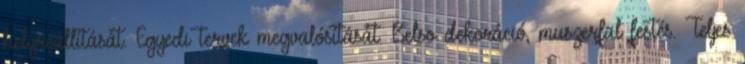
helyreállítását. Egyedi tervek megvalósítását. Belso dekoráció, muszerfal festés. Teljes